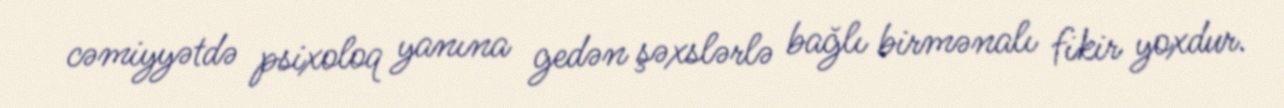
cəmiyyətdə psixoloq yanına gedən şəxslərlə bağlı birmənalı fikir yoxdur.